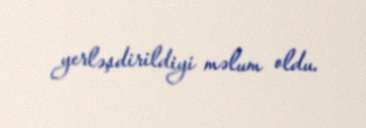
yerləşdirildiyi məlum oldu.